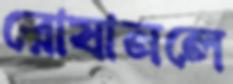
রোষানলে